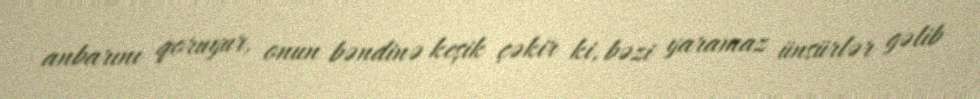
anbarını qoruyur, onun bəndinə keşik çəkir ki, bəzi yaramaz ünsürlər gəlib